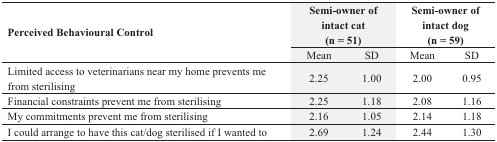
| <ROWSPAN=2> Perceived Behavioural Control | <COLSPAN=2> Semi-owner of intact cat (n = 51) | <COLSPAN=2> Semi-owner of intact dog (n = 59) |
 | Mean | SD | Mean | SD |
 | --- | --- | --- | --- | --- |
 | Limited access to veterinarians near my home prevents me from sterilising | 2.25 | 1.00 | 2.00 | 0.95 |
 | Financial constraints prevent me from sterilising | 2.25 | 1.18 | 2.08 | 1.16 |
 | My commitments prevent me from sterilising | 2.16 | 1.05 | 2.14 | 1.18 |
 | I could arrange to have this cat/dog sterilised if I wanted to | 2.69 | 1.24 | 2.44 | 1.30 |